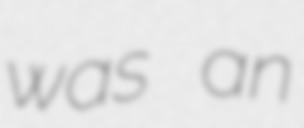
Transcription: was an